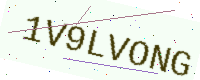
Text: 1V9LVONG